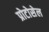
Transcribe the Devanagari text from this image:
प्रोटोसेल